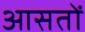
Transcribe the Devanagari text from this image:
आसतों